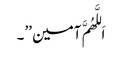
اَللَّھُمَّ آمین ’’۔